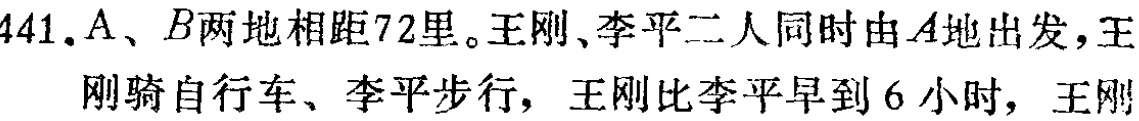
$441.A、B两地相距72里。王刚、李平二人同时由A地出发，王刚骑自行车、李平步行，王刚比李平早到6小时，王刚$